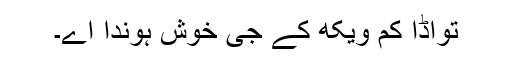
تواڈا کم ویکھ کے جی خوش ہوندا اے۔